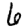
Digit: 6